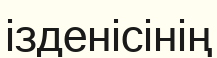
ізденісінің